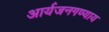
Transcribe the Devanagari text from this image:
आर्यजनगण्याय